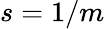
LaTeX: s=1/m